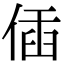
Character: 偛